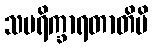
သပရိက္ခာရတာတိပိ